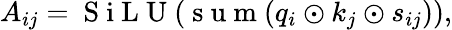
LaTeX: A_{ij}=\mathrm{~S~i~L~U~}(\mathrm{~s~u~m~}(q_{i}\odot k_{j}\odot s_{ij})),